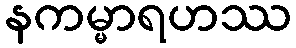
နကမ္မာရဟဿ